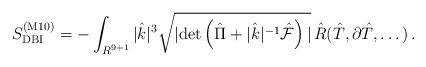
LaTeX: \begin{align*}S^{({\rm M10})}_{{\rm DBI}} =-\int_{R^{9+1}} |{\hat k}|^3 \sqrt{|{\rm det} \left( {\hat \Pi}+ |{\hat k}|^{-1} {\hat {\cal F}} \right)|}\,{\hat R}({\hat T},\partial {\hat T},\dots)\, .\end{align*}